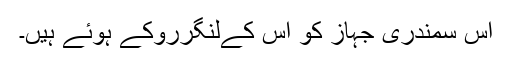
اس سمندری جہاز کو اس کےلنگرروکے ہوئے ہیں۔